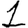
Digit: 1